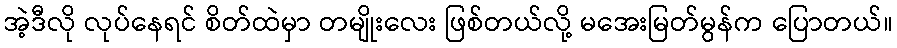
အဲ့ဒီလို လုပ်နေရင် စိတ်ထဲမှာ တမျိုးလေး ဖြစ်တယ်လို့ မအေးမြတ်မွန်က ပြောတယ်။